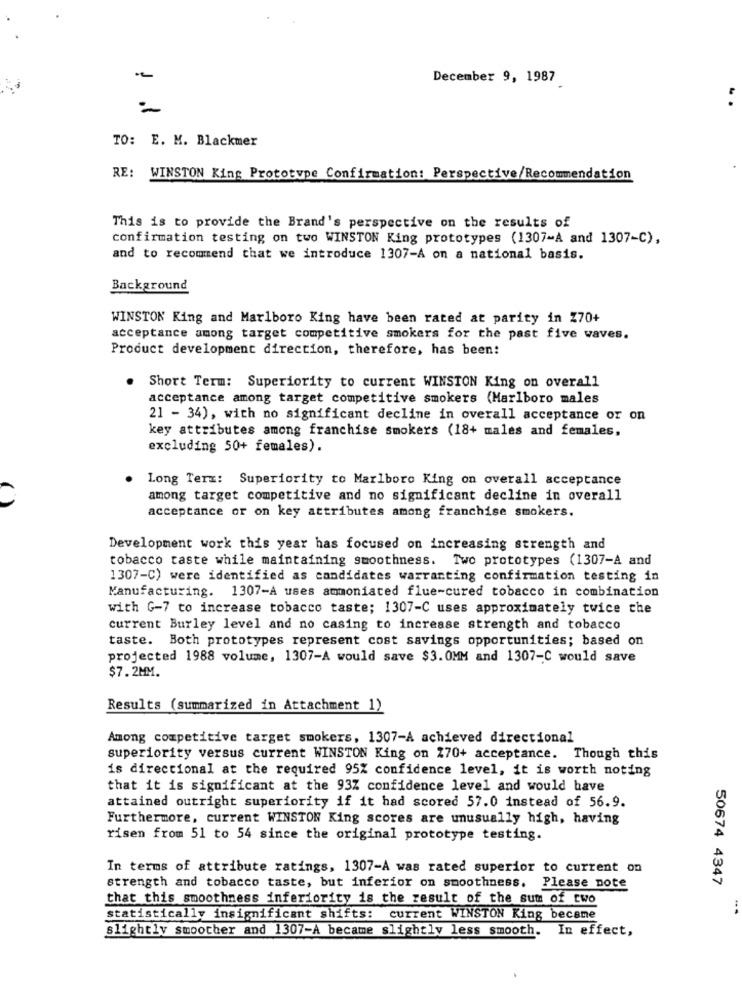
December 9, 1987
. .
TO: E. M. Blackmer
RE: WINSTON King Prototype Confirmation: Perspective/Recommendation
This is to provide the Brand's perspective on the results of
confirmation testing on two WINSTON King prototypes (1307-A and 1307-C),
and to recommend that we introduce 1307-A on a national basis.
Background
WINSTON King and Marlboro King have been rated at parity in Z70+
acceptance among target competitive smokers for the past five waves.
Product development direction, therefore, has been:
.
Short Term: Superiority to current WINSTON King on overall
acceptance among target competitive smokers (Marlboro males
21 - 34), with no significant decline in overall acceptance or on
key attributes among franchise smokers (18+ males and females,
excluding 50+ females).
Long Term: Superiority to Marlboro King on overall acceptance
among target competitive and no significant decline in overall
acceptance or on key attributes among franchise smokers.
Development work this year has focused on increasing strength and
tobacco taste while maintaining smoothness. Two prototypes (1307-A and
1307-C) were identified as candidates warranting confirmation testing in
Manufacturing. 1307-A uses ammoniated flue-cured tobacco in combination
with G-7 to increase tobacco taste; 1307-C uses approximately twice che
current Burley level and no casing to increase strength and tobacco
taste. Both prototypes represent cost savings opportunities; based on
projected 1988 volume, 1307-A would save $3.0MM and 1307-C would save
$7.2MM.
Results (summarized in Attachment 1)
Among competitive target smokers, 1307-A achieved directional
superiority versus current WINSTON King on 270+ acceptance. Though this
is directional at the required 95% confidence level, it is worth noting
that it is significant at the 93% confidence level and would have
attained outright superiority if it had scored 57.0 instead of 56.9.
Furthermore, current WINSTON King scores are unusually high, having
risen from 51 to 54 since the original prototype testing.
In terms of attribute ratings, 1307-A was rated superior to current on
50674 4347
strength and tobacco taste, but inferior on smoothness. Please note
that this smoothness inferiority is the result of the sum of two
statistically insignificant shifts: current WINSTON King became
slightly smoother and 1307-A became slightly less smooth. In effect,